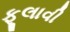
ફૂલાવી